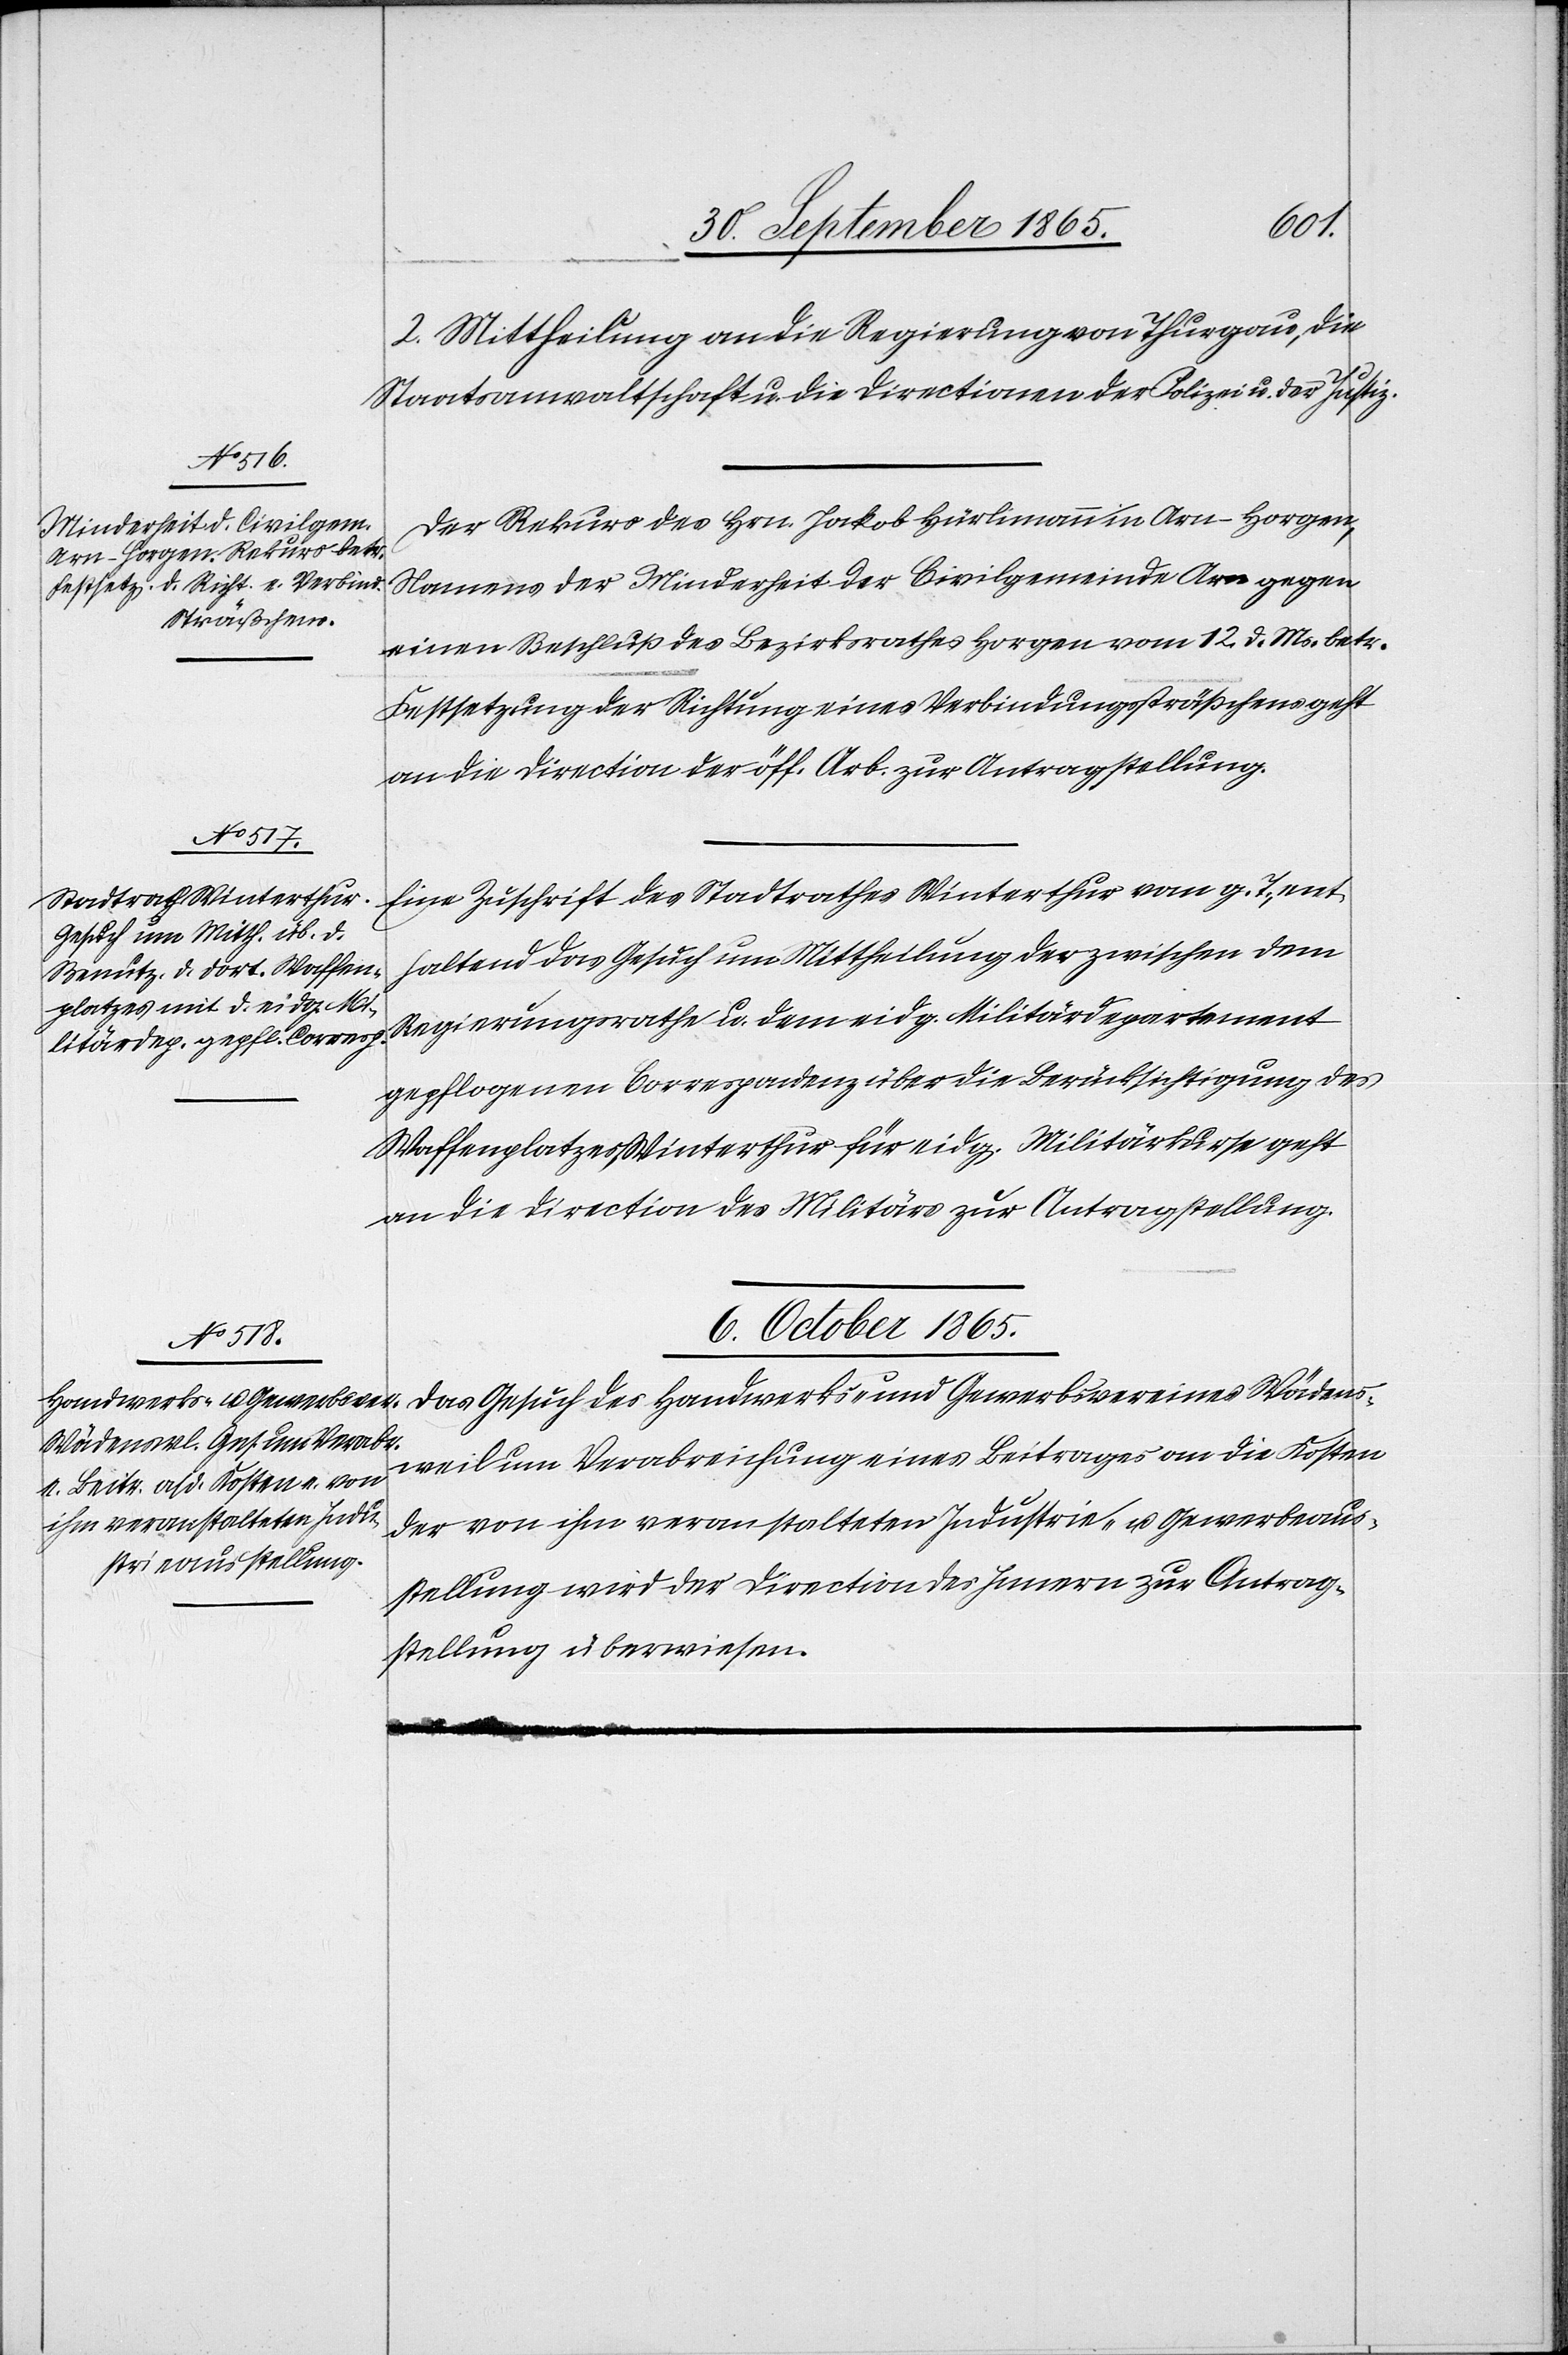
2. Mittheilung an die Regierung von Thurgau, die
Staatsanwaltschaft u. die Directionen der Polizei u. der Justiz.
Der Rekurs des Hrn. Jakob Hürlimann in Arn-Horgen,
Namens der Minderheit der Civilgemeinde Arn gegen
einen Beschluß des Bezirksrathes Horgen vom 12. d. Ms. betr.
Festsetzung der Richtung eines Verbindungssträßchens geht
an die Direciton der öff. Arbeiten zur Antragstellung.
Eine Zuschrift des Stadtrathes Winterthur vom g. T., ent¬
haltend das Gesuch um Mittheilung der zwischen dem
Regierungsrathe u. dem eidg. Militärdepartement
gepflogenen Correspondenz über die Berücksichtigung des
Waffenplatzes Winterthur für eidg. Militärkurse geht
an die Direction des Militärs zur Antragstellung.
6. October 1865.
Das Gesuch des Handwerks- und Gewerbsvereines Wädens¬
weil um Verabreichung eines Beitrages an die Kosten
der von ihm veranstalteten Industrie- u. Gewerbeaus¬
stellung wird der Direction des Innern zur Antrag¬
stellung überwiesen.